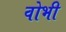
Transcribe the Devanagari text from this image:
वोभी